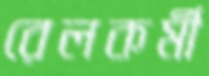
রেলকর্মী